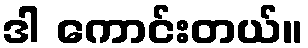
ဒါ ကောင်းတယ်။